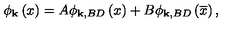
\phi _ { \mathbf { k } } \left( x \right) = A \phi _ { \mathbf { k , } B D } \left( x \right) + B \phi _ { \mathbf { k , } B D } \left( \overline { { x } } \right) ,